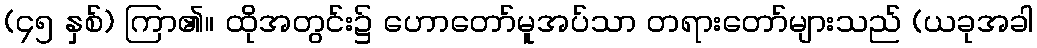
(၄၅ နှစ်) ကြာ၏။ ထိုအတွင်း၌ ဟောတော်မူအပ်သာ တရားတော်များသည် (ယခုအခါ